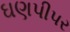
ઘણપીપર